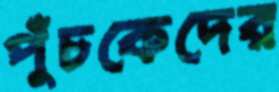
পুঁচকেদের